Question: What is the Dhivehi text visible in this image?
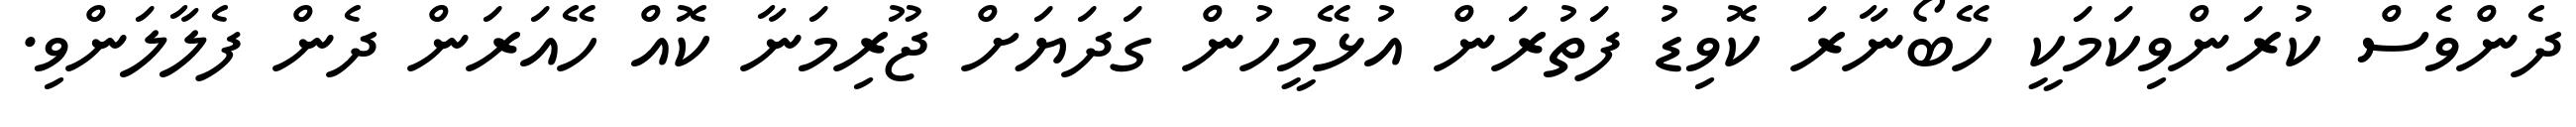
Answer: ދެންވެސް ކުރަންވިކަމަކީ ހޭބޯނާރަ ކޮވިޑު ފަތުރަން އުޅޭމީހުން ގަދަޔަށް ޖޫރިމަނާ ކޮއް ހޭއަރަން ދެން ފެލާލަންވި.